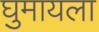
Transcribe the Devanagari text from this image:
घुमायला